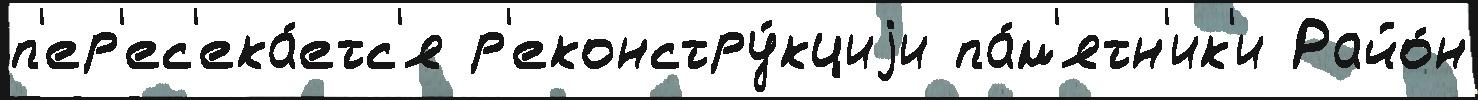
п'ер'ес'ека́етс'я р'еконстру́кциjи па́м'ятн'ик'и Райо́н